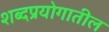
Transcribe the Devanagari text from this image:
शब्दप्रयोगातील